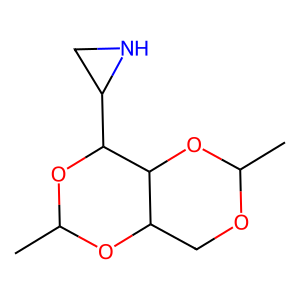
SMILES: CC1OC2COC(C)OC2C(C2CN2)O1
Inhibits HIV replication: No